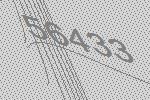
56433